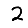
Digit: 2